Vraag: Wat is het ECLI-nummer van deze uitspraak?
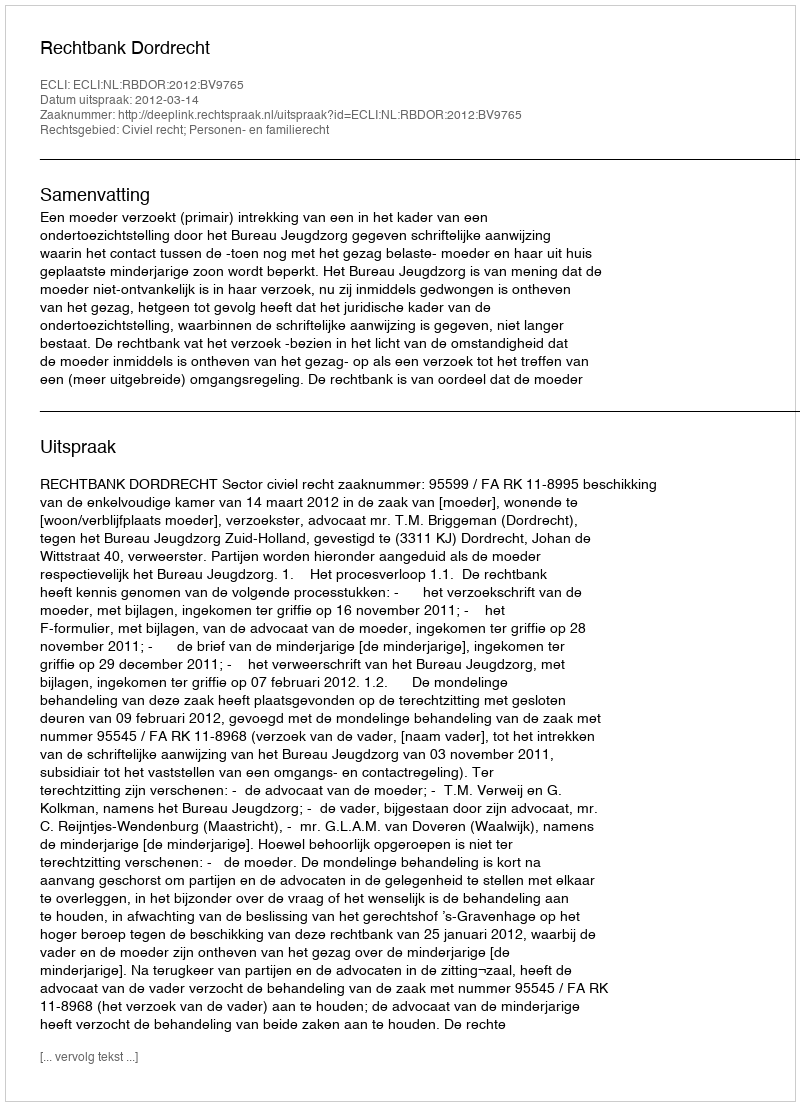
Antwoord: ECLI:NL:RBDOR:2012:BV9765